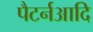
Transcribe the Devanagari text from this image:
पैटर्नआदि